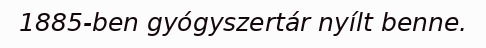
1885-ben gyógyszertár nyílt benne.